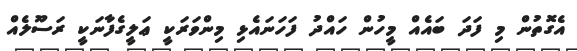
އެގޮތުން މި ފަދަ ބައެއް މީހުން ހައްދު ފަހަނައެޅި މިންވަރަކީ ޢަލީގެފާނަކީ ރަސޫލެއް